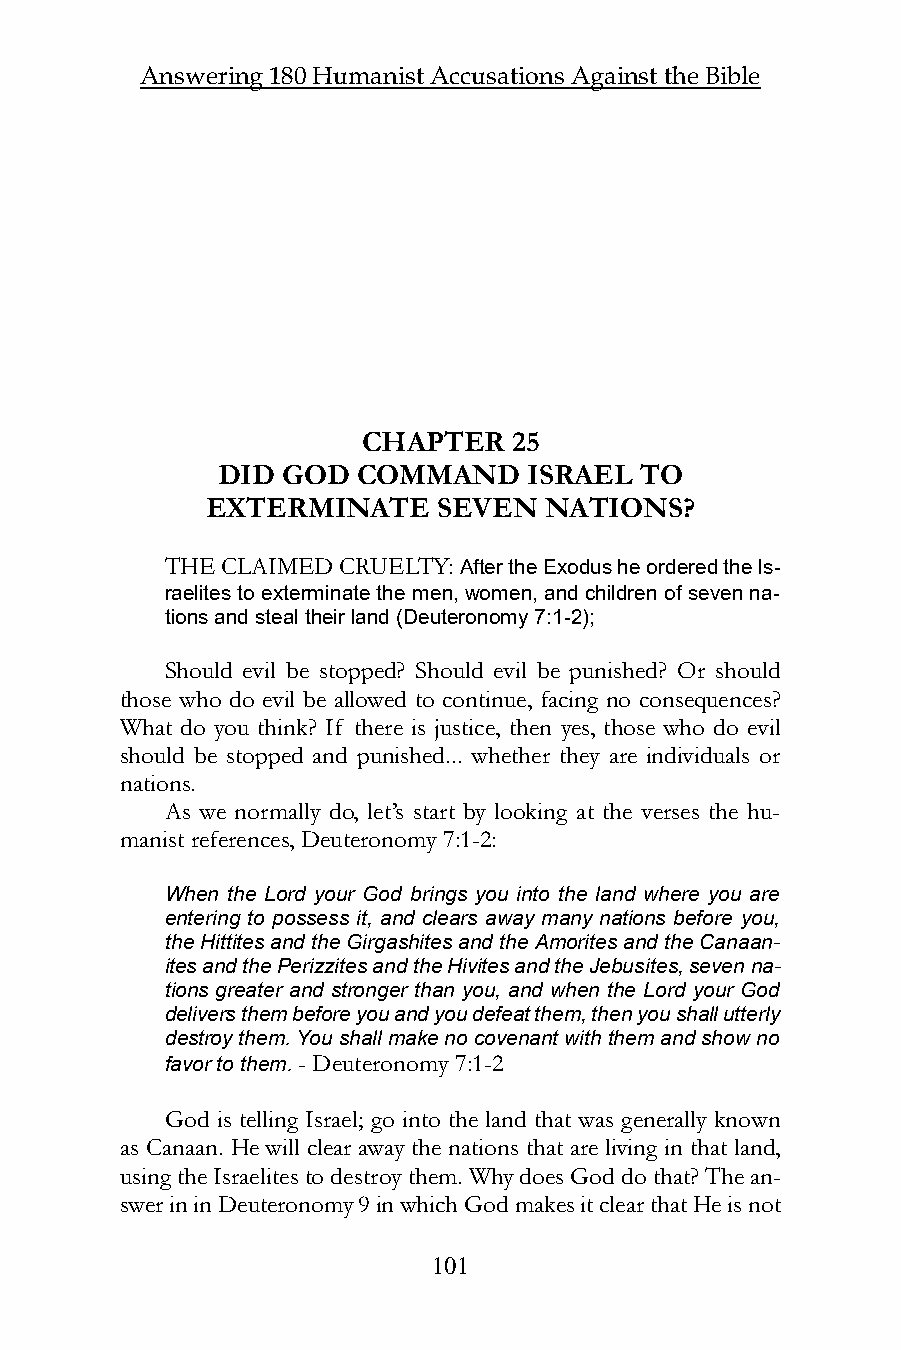
Answering 180 Humanist Accusations Against the Bible
 CHAPTER   25
 DID  GOD  COMMAND    ISRAEL TO
 EXTERMINATE    SEVEN  NATIONS?
 THE CLAIMED CRUELTY: After the Exodus he ordered the Is-
 raelites to exterminate the men, women, and children of seven na-
 tions and steal their land (Deuteronomy 7:1-2);
 Should evil be stopped? Should evil be punished? Or should
 those who do evil be allowed to continue, facing no consequences?
 What do you think? If there is justice, then yes, those who do evil
 should be stopped and punished... whether they are individuals or
 nations.
 As we normally do, let’s start by looking at the verses the hu-
 manist references, Deuteronomy 7:1-2:
 When the Lord your God brings you into the land where you are
 entering to possess it, and clears away many nations before you,
 the Hittites and the Girgashites and the Amorites and the Canaan-
 ites and the Perizzites and the Hivites and the Jebusites, seven na-
 tions greater and stronger than you, and when the Lord your God
 delivers them before you and you defeat them, then you shall utterly
 destroy them. You shall make no covenant with them and show no
 favor to them. - Deuteronomy 7:1-2
 God is telling Israel; go into the land that was generally known
 as Canaan. He will clear away the nations that are living in that land,
 using the Israelites to destroy them. Why does God do that? The an-
 swer in in Deuteronomy 9 in which God makes it clear that He is not
 101